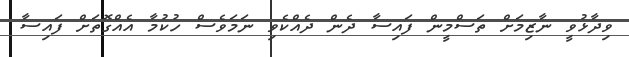
ވިދާޅުވީ ނާޒިމަށް ތަސްމީން ފައިސާ ދެން ދެއްކެވި ނަމަވެސް ހުކުމާ އެއްގޮތަށް ފައިސާ